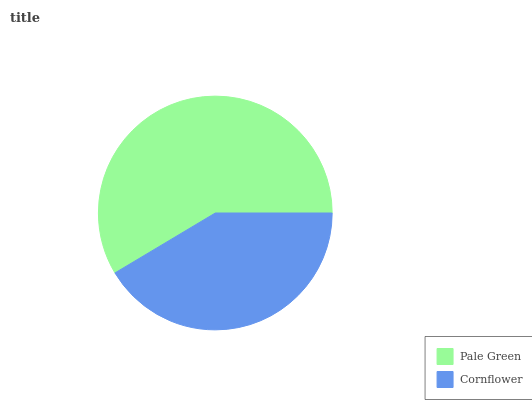
| Pale Green | Cornflower |
 | --- | --- |
 | 58.6% | 41.4% |